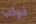
نواب